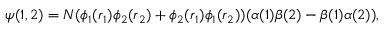
\psi ( 1 , 2 ) = N ( \phi _ { 1 } ( \boldsymbol { r } _ { 1 } ) \phi _ { 2 } ( \boldsymbol { r } _ { 2 } ) + \phi _ { 2 } ( \boldsymbol { r } _ { 1 } ) \phi _ { 1 } ( \boldsymbol { r } _ { 2 } ) ) ( \alpha ( 1 ) \beta ( 2 ) - \beta ( 1 ) \alpha ( 2 ) ) ,